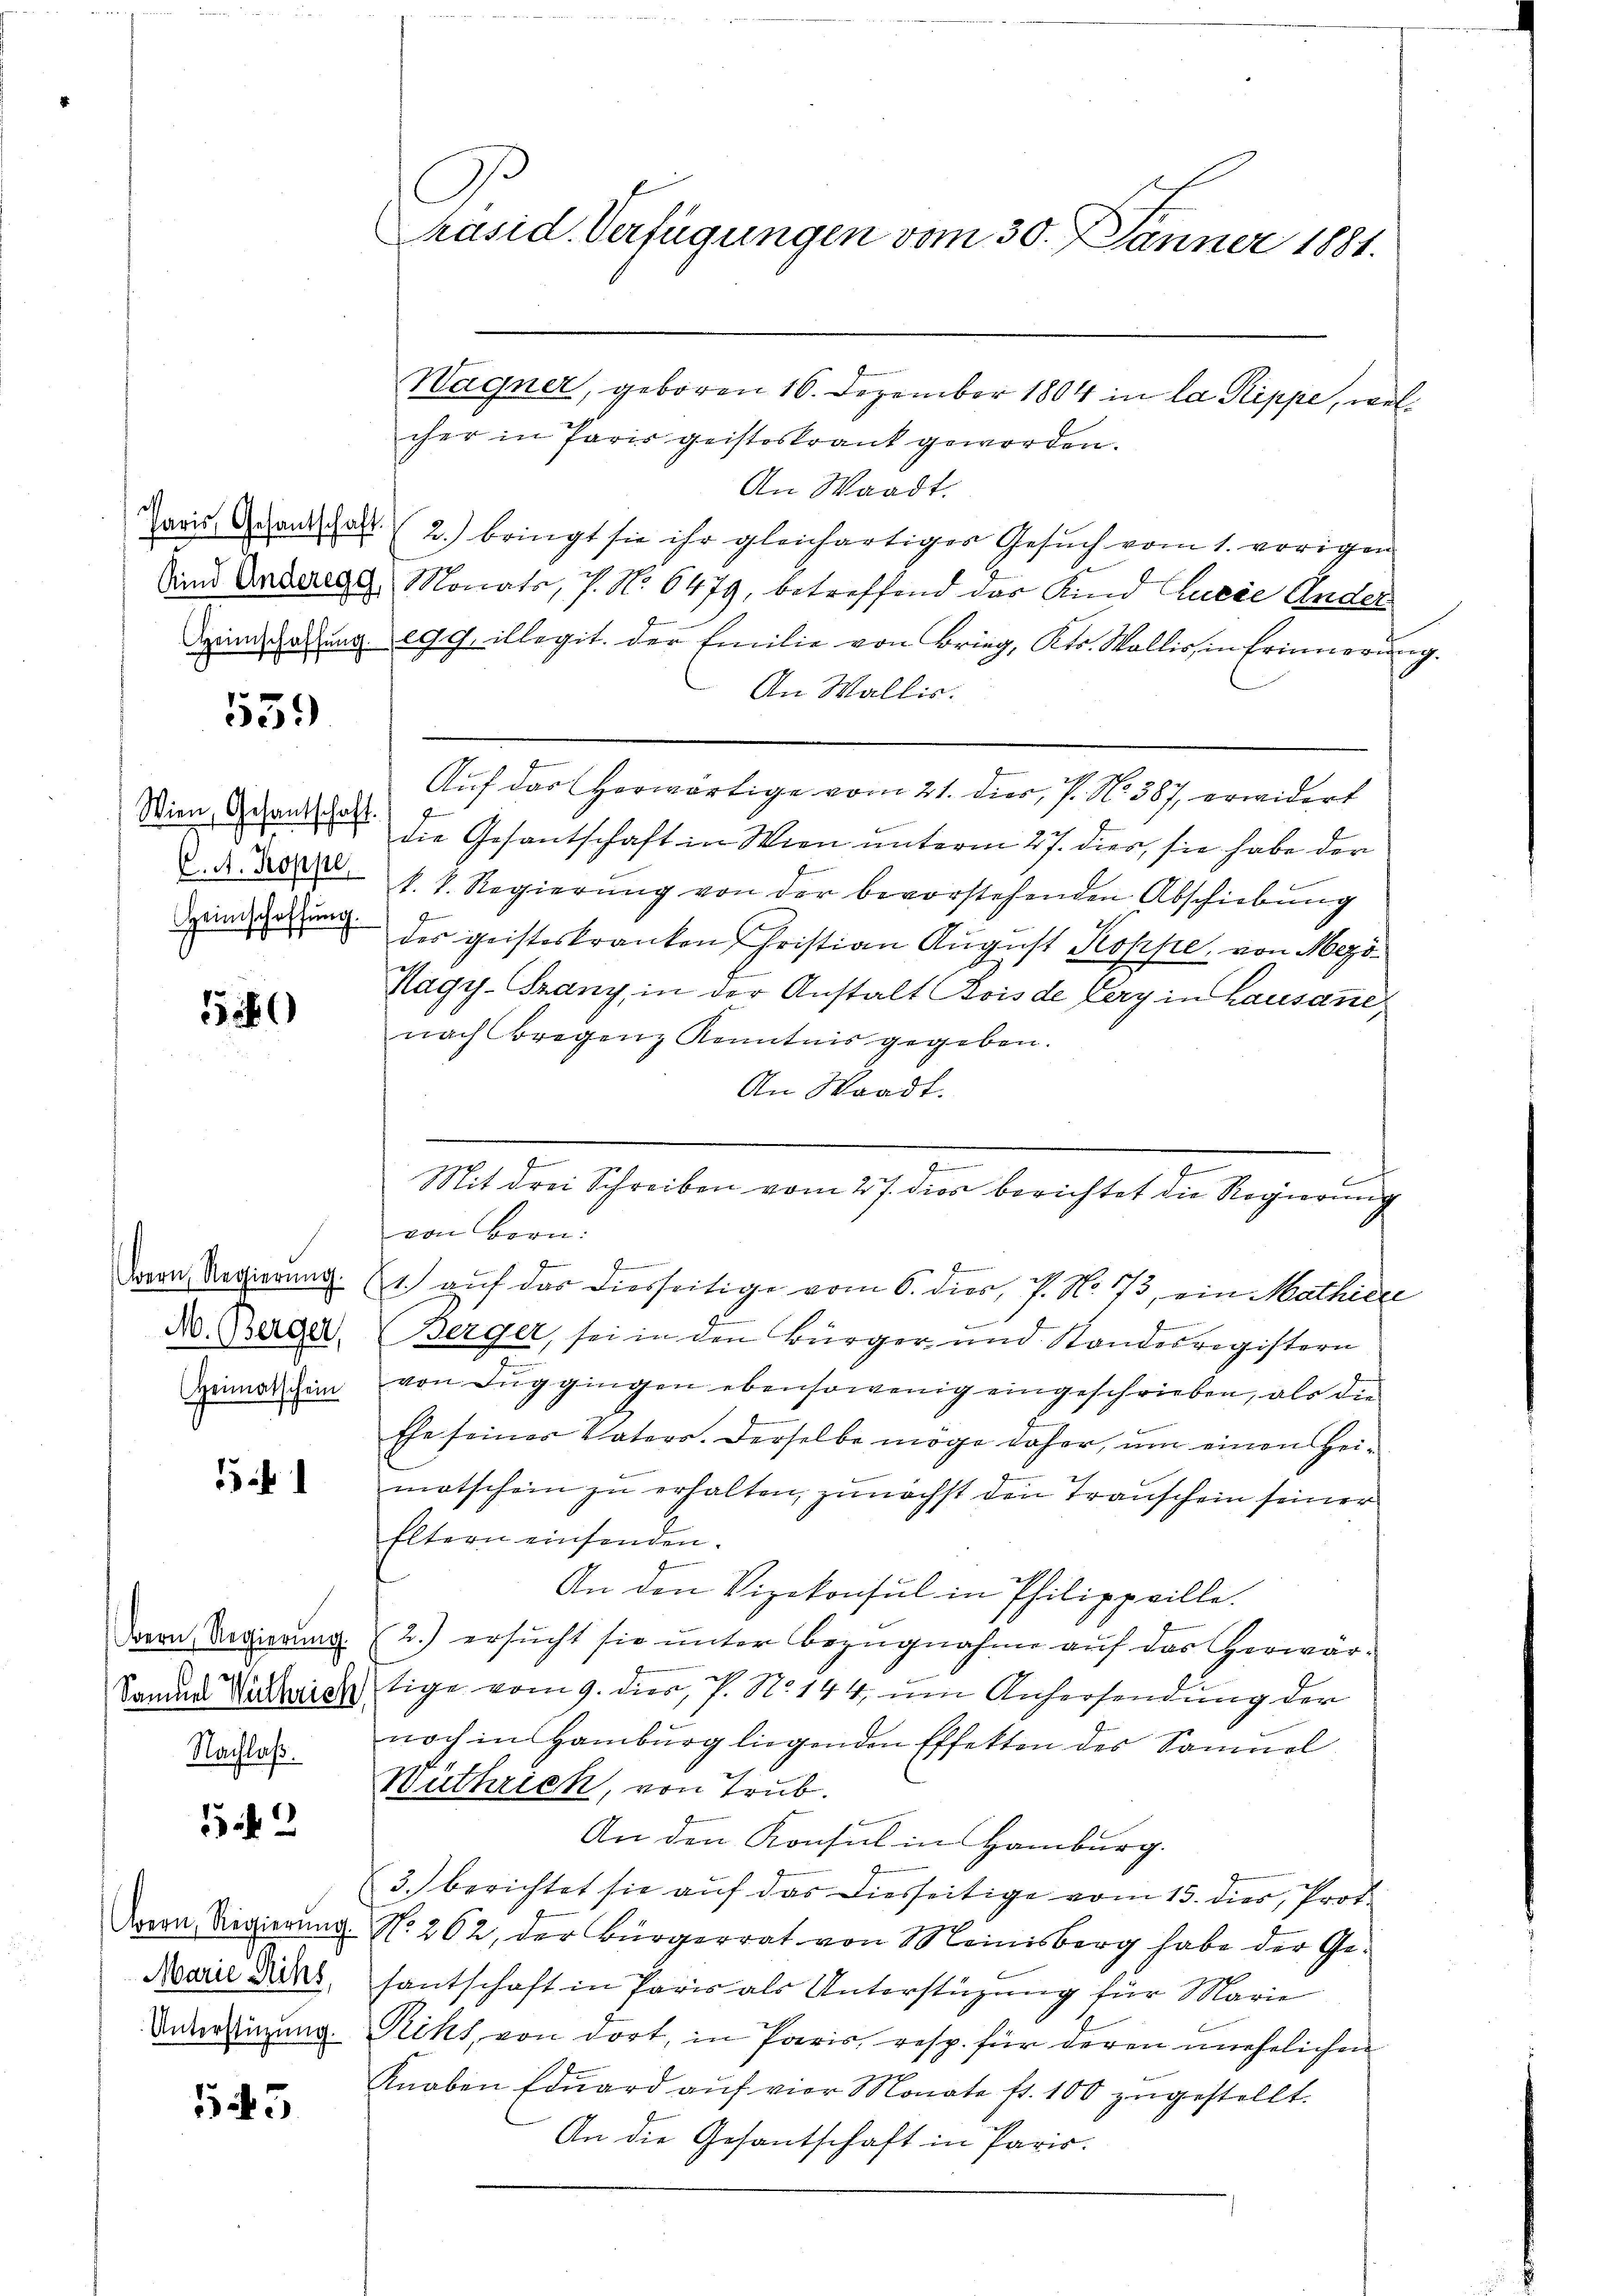
Paris Gesandschaft.

553.

Wien, Gesantschaft.
C. A. Koppe
Heimschaffung.

55

Bern, Regierung.
M. Berger,
Heimatschein

Bern, Regierung.
Sammel Wirthrich
Nachlaß.

152

Bern, Regierung.
Marie Riks,
Unterstüzung.

545

C
räsid. Verfügungen vom 30. Jänner 1881.

Wagner, geboren 16. Dezember 1804 in la Rippe, welcher in Paris geisteskrank geworden.
An Waadt.
2.) bringt sie ihr gleichartiges Gesuch vom 1. vorigen
Sind Antrag Monats, 7. No 6479, betreffend das Kind Curie Ander
Spinnerung egg illegit. der Emilie von Brieg, Kts. Wallis, in Erinnerung.
An Wallis.
Auf das Horwärtige vom 21. dies, P. Nr. 387, erwidert
J
die Gesantschaft in Wien unterm 27. dies, sie habe der
k. k. Regierŭng von der bevorstehenden Abschiebung
des geisteskranken Christian August Koppe, von Mezö¬
Nagy-Franz, in der Anstalt Bois de Lery in Lausane
nach Bregenz Kenntnis gegeben.
An Waadt.
g
von Bern:
1. aŭf das diesseitige vom 6. dies, P. No. 173, ein Mathiere
Berger, sei in den Bürger, und Kandesregistern
von Zŭg gingen ebensowenig eingeschrieben, als die
Ehe seiner Vaters. Derselbe möge daher, um einen Heimatschein zu erhalten, zunächst den Transchein seiner
Eltern einsenden.
An den Vizekonsul in Philipprille.
2.) ersŭcht sie ŭnter Bezugnahme auf das herwär-
tige vom 9. dies, P. No. 144, um Anhersendung der
noch in Hamburg liegenden Effekten des Sammel
Wüthrich, von Trub.
An den Konsul in Hamburg.
3.) berichtet sie auf das Diesseitige vom 15. dies, Prof.
No. 262, der Bürgerrat von Meinisberg habe der Gesantschaft in Paris als Unterstützung für Marie
Rikt, von dort, in Paris, resp. für deren unehelichen
Knaben Eduard auf vier Monate fr. 100 zugestellt.
An die Gesantschaft in Paris.

2
Mit drei Schreiben vom 27. dies berichtet die Regierung
Scheint seinen